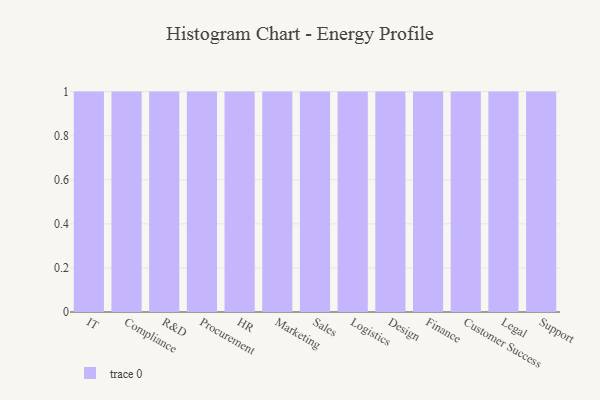
{"axis": {"x": "Department", "y": "Conversion Rate (%)"}, "legend": [""], "data": [{"x": "IT", "y": 92, "type": ""}, {"x": "Compliance", "y": 67, "type": ""}, {"x": "R&D", "y": 71, "type": ""}, {"x": "Procurement", "y": 32, "type": ""}, {"x": "HR", "y": 62, "type": ""}, {"x": "Marketing", "y": 16, "type": ""}, {"x": "Sales", "y": 86, "type": ""}, {"x": "Logistics", "y": 26, "type": ""}, {"x": "Design", "y": 60, "type": ""}, {"x": "Finance", "y": 2, "type": ""}, {"x": "Customer Success", "y": 23, "type": ""}, {"x": "Legal", "y": 72, "type": ""}, {"x": "Support", "y": 79, "type": ""}]}